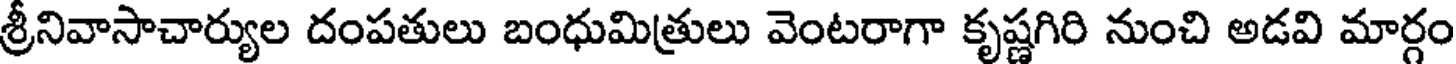
శ్రీనివాసాచార్యుల దంపతులు బంధుమిత్రులు వెంటరాగా కృష్ణగిరి నుంచి అడవి మార్గం